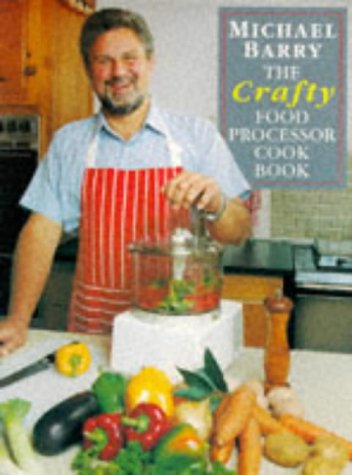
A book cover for The Crafty Food Processor Cookbook; Michael Barry; Cookbooks, Food & Wine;